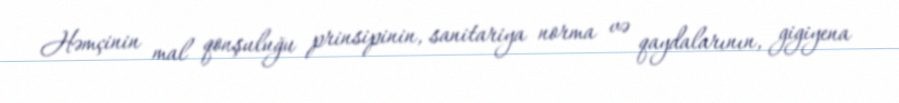
Həmçinin mal qonşuluğu prinsipinin, sanitariya norma və qaydalarının, gigiyena